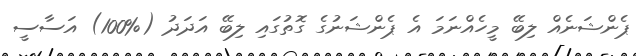
ޕެންޝަނެއް ލިބޭ މީހެއްނަމަ އެ ޕެންޝަނުގެ ގޮތުގައި ލިބޭ އަދަދު (%100) އަސާސީ